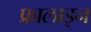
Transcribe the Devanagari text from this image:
फ्रालाइन